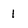
Character: 1